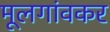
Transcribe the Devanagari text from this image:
मूलगांवकर